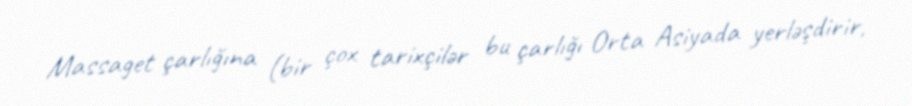
Massaget çarlığına (bir çox tarixçilər bu çarlığı Orta Asiyada yerləşdirir,